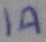
Text: 1A